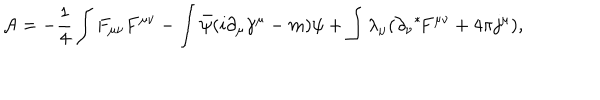
{ \cal A } = - \frac { 1 } { 4 } \int F _ { \mu \nu } F ^ { \mu \nu } - \int \bar { \psi } ( i \partial _ { \mu } \gamma ^ { \mu } - m ) \psi + \int \lambda _ { \mu } ( \partial _ { \nu } \mathrm { } ^ { * } \! F ^ { \mu \nu } + 4 \pi j ^ { \mu } ) ,